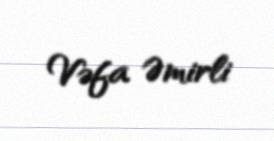
Vəfa Əmirli